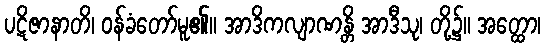
ပဋိဇာနာတိ၊ ဝန်ခံတော်မူ၏။ အာဒိကလျာဏန္တိ အာဒီသု၊ တို့၌။ အတ္ထော၊